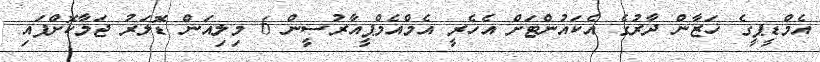
އެމްޑީޕީގެ ޚަޒާން ދާރުގެ އެކައުންޓަށް އެހެރީ އެމްއެމްޕީއާރުސީން 6 މިލިއަން ޑޮލަރު ޖަމާކޮށްފައި